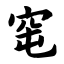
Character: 窀